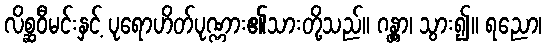
လိစ္ဆဝီမင်းနှင့် ပုရောဟိတ်ပုဏ္ဏား၏သားတို့သည်။ ဂန္တွာ၊ သွား၍။ ရညော၊